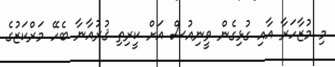
މި މުޒާހަރާ އާއި ގުޅިގެން ވީނިއުސް އަށް ކީރިތި ޤުރުއާނާ ބެހޭ މަރްކަޒުގެ